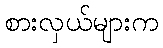
စားလှယ်များက